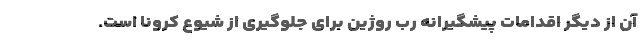
آن از دیگر اقدامات پیشگیرانه رب روژین برای جلوگیری از شیوع کرونا است.